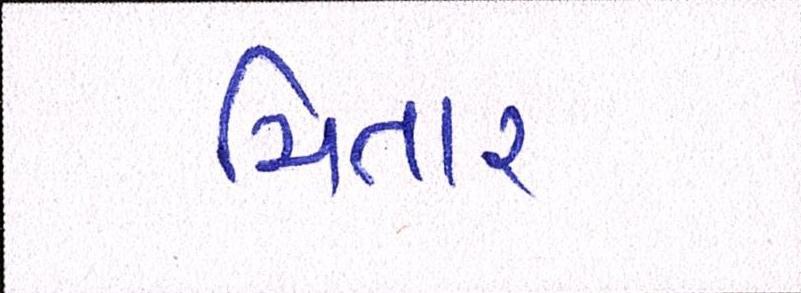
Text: ચિતાર